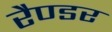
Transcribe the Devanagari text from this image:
रैण्डर